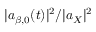
| a _ { \beta , 0 } ( t ) | ^ { 2 } / | a _ { X } | ^ { 2 }